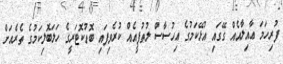
ފުރިހަމަ ޢާއިލާއެއް ގޭގައި އުޅޭކަމުގެ އިހުސާސް ލުތުފީއެއް ކުރެވިފައި ބޮޑުކޮޓަރީގެ ހަލަބޮލިކަމުގެ ތެރެއަށް